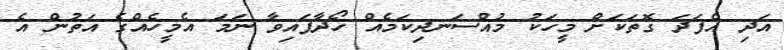
އަދި އެފަދަ ގޮތަކަށް މީހަކު މުއްސަނދިކަމެއް ހޯދާފައިވާ ނަމަ އެމީހެއްގެ އަތުން އެ